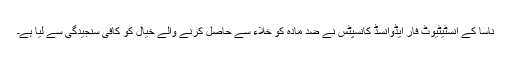
ناسا کے انسٹیٹیوٹ فار ایڈوانسڈ کانسپٹس نے ضد مادّہ کو خلاء سے حاصل کرنے والے خیال کو کافی سنجیدگی سے لیا ہے۔